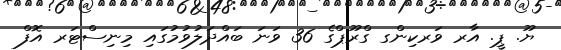
ޔޫ. ޕީ. އާރ ވަރކިންގ ގްރޫޕްގެ 36 ވަނަ ބައްދަލުވުމުގައި މިނިސްޓަރ އޮފް